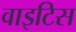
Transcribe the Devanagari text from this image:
वाइटिस